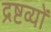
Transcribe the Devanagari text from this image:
द्रष्टव्यों